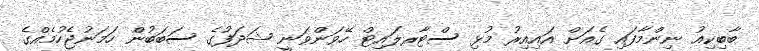
ބާބިކިއު ނިންމާފައި ގެއަށް އައިއިރު މުޅި ސްޓާރލައިޓް ހޭވަންވަނީ ޝަދަފުގެ ސަބަބުން ހަމަނުޖެހުމެއްގެ